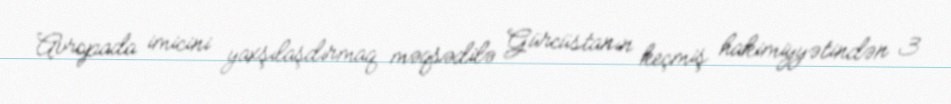
Avropada imicini yaxşılaşdırmaq məqsədilə Gürcüstanın keçmiş hakimiyyətindən 3